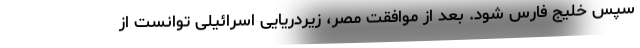
سپس خلیج فارس شود. بعد از موافقت مصر، زیردریایی اسرائیلی توانست از